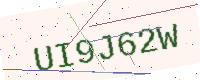
Text: UI9J62W